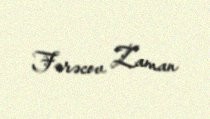
Fərəcov Zaman